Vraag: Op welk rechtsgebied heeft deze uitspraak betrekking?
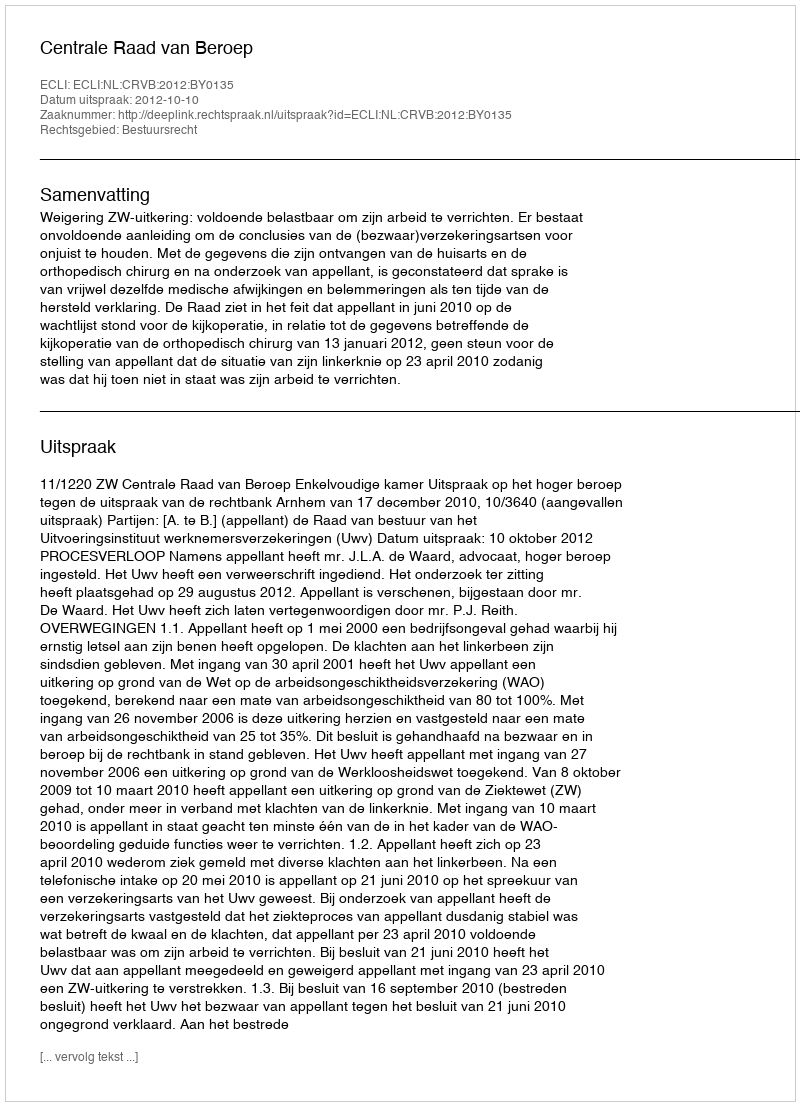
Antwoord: Bestuursrecht